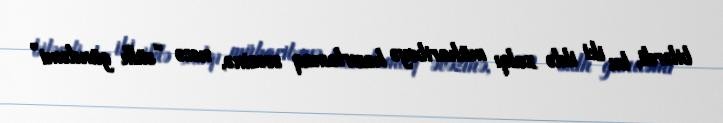
bilərdi, bu iki ildə xalqı müharibəyə hazırlamaq əvəzinə, necə “sülh gündəmi”